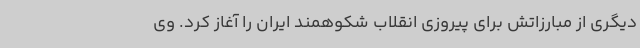
دیگری از مبارزاتش برای پیروزی انقلاب شکوهمند ایران را آغاز کرد. وی